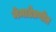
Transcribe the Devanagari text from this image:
नेमाडेप्रणीत